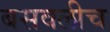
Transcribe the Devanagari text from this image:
बसवलीच